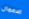
الاعمال